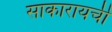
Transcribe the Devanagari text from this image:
साकारायची